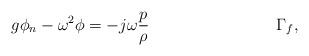
LaTeX: \begin{align*} g\phi_n -\omega^2\phi &= -j\omega\frac{p}{\rho} & \Gamma_f,\end{align*}